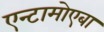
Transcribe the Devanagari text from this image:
एन्टामोएबा